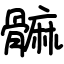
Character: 髍